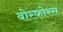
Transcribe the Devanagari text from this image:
बोस्फ़ोरस